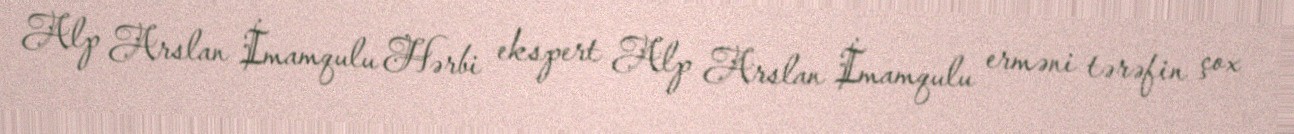
Alp Arslan İmamqulu Hərbi ekspert Alp Arslan İmamqulu erməni tərəfin çox